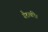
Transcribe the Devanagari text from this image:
तैराकी।